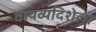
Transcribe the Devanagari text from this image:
वायव्यदिशेला